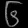
Digit: ၆